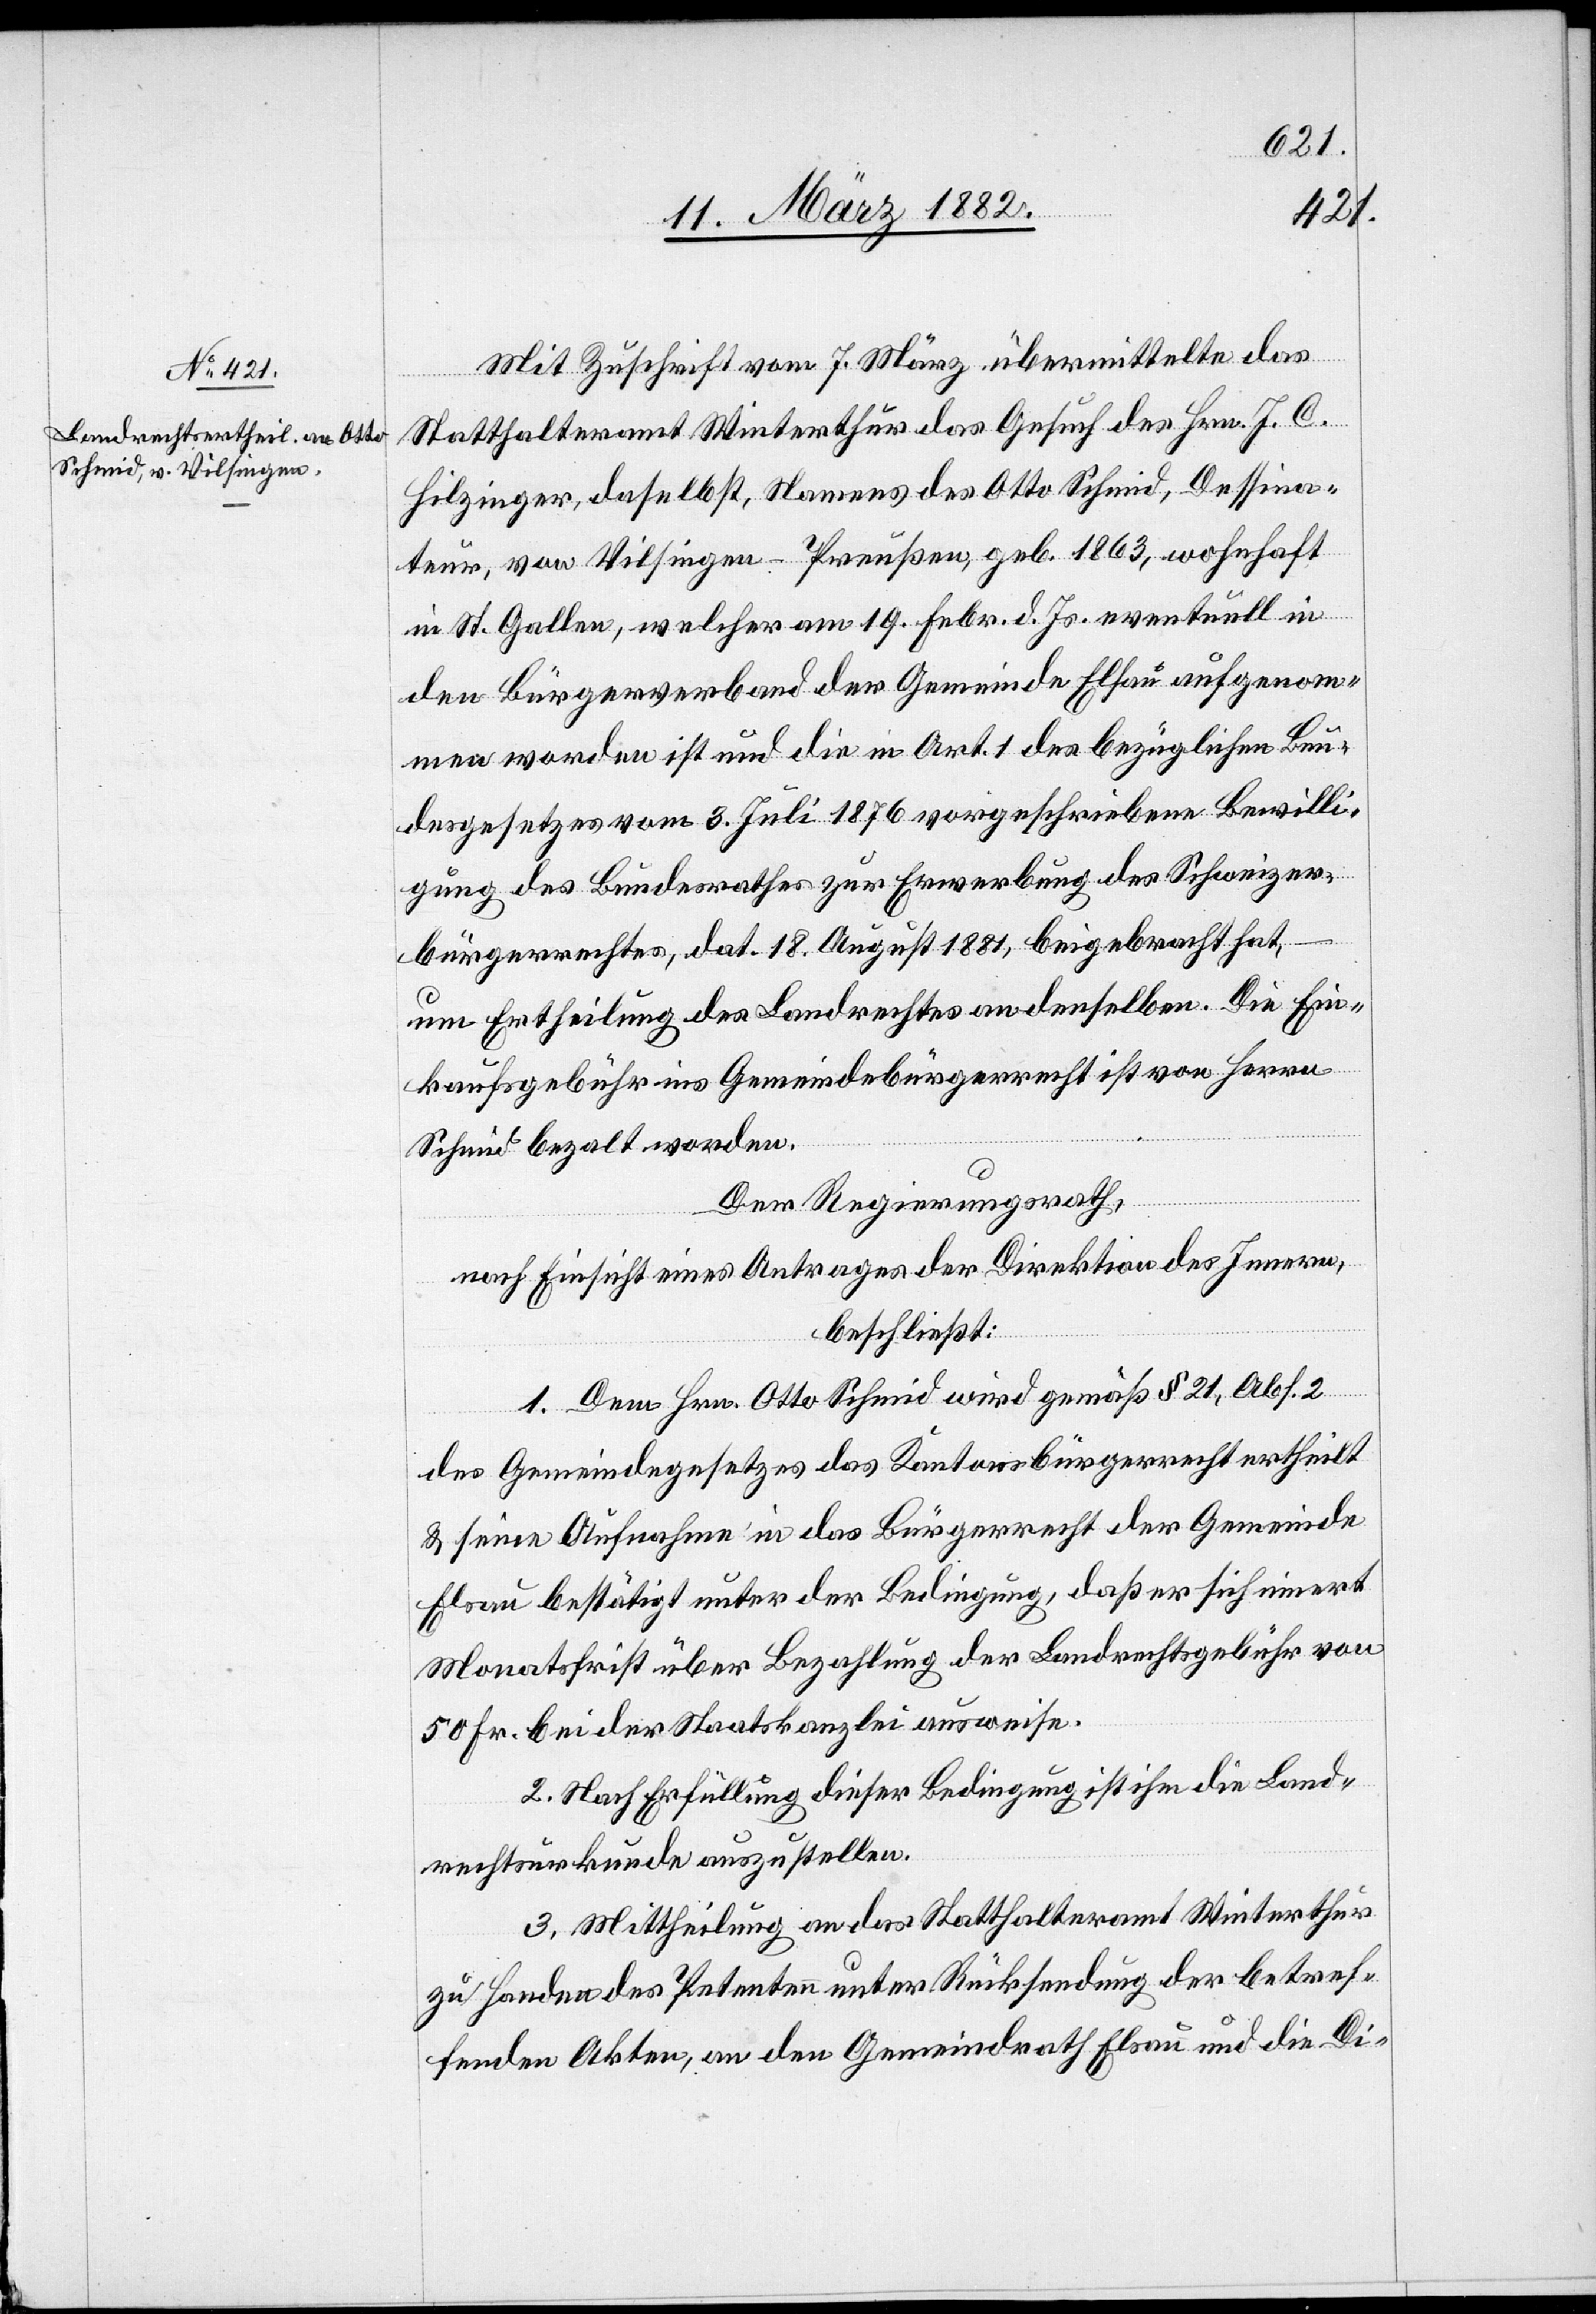
Mit Zuschrift vom 7. März übermittelte das
Statthalteramt Winterthur das Gesuch des Hrn. J. C.
Hilzinger, daselbst, Namens des Otto Schmid, Dessina¬
teur, von Vilsingen - Preußen, geb. 1863, wohnhaft
in St. Gallen, welcher am 19. Febr. d. Js. eventuell in
den Bürgerverband der Gemeinde Elsau aufgenom¬
men worden ist und die in Art. 1 des bezüglichen Bun¬
desgesetzes vom 3. Juli 1876 vorgeschriebene Bewilli¬
gung des Bundesrathes zur Erwerbung des Schweizer¬
bürgerrechtes, dat. 18. August 1881, beigebracht hat,
um Ertheilung des Landrechtes an denselben. Die Ein¬
kaufsgebühr ins Gemeindebürgerrecht ist von Herrn
Der Regierungsrath,
nach Einsicht eines Antrages der Direktion des Innern,
beschließt:
1. Dem Hrn. Otto Schmid wird gemäß § 21, Abs. 2
des Gemeindgesetzes das Kantonsbürgerrecht ertheilt
und seine Aufnahme in das Bürgerrecht der Gemeinde
Elsau bestätigt unter der Bedingung, daß er sich innert
Monatsfrist über Bezahlung der Landrechtsgebühr von
50 Fr. der Staatskanzlei ausweise.
2. Nach Erfüllung dieser Bedingung ist ihm die Land¬
rechtsurkunde auszustellen.
3. Mittheilung an das Statthalteramt Winterthur
zu Handen des Petenten unter Rücksendung der betref¬
fenden Akten, an den Gemeindrath Elsau & an die Di-